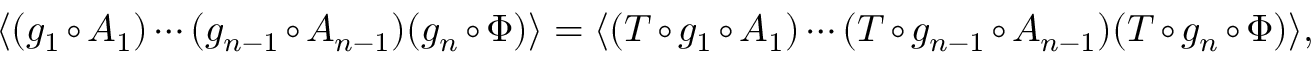
\langle ( g _ { 1 } \circ A _ { 1 } ) \cdots ( g _ { n - 1 } \circ A _ { n - 1 } ) ( g _ { n } \circ \Phi ) \rangle = \langle ( T \circ g _ { 1 } \circ A _ { 1 } ) \cdots ( T \circ g _ { n - 1 } \circ A _ { n - 1 } ) ( T \circ g _ { n } \circ \Phi ) \rangle ,